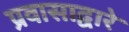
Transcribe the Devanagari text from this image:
प्रवासाद्वारे